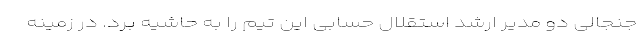
جنجالی دو مدیر ارشد استقلال حسابی این تیم را به حاشیه برد. در زمینه